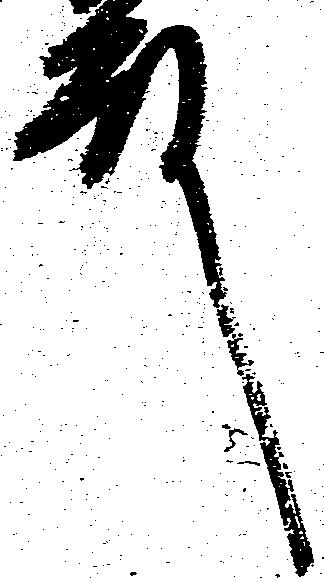
殿